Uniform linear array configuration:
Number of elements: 48
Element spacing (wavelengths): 0.25
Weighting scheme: binomial
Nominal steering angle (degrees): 30
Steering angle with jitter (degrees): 30.123
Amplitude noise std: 0.05
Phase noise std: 0.05

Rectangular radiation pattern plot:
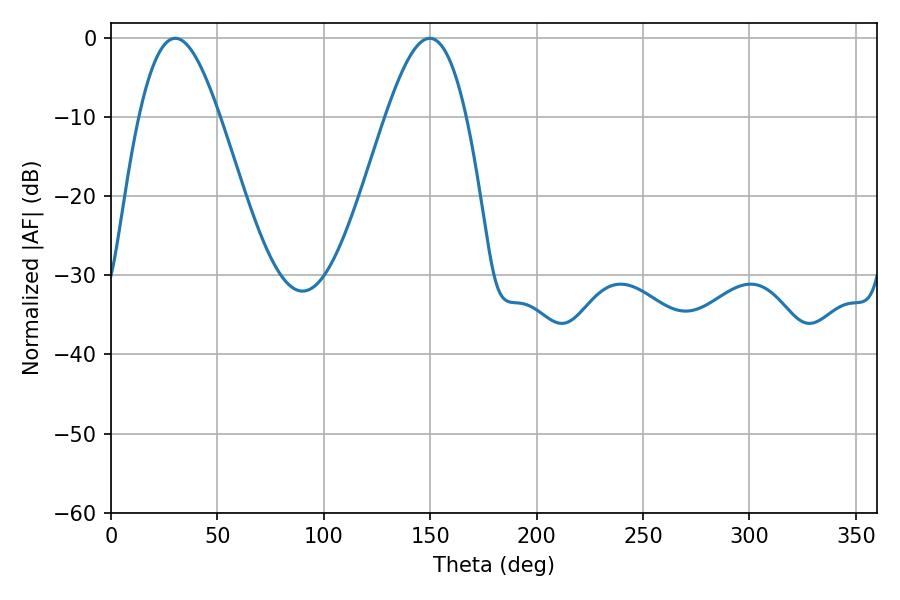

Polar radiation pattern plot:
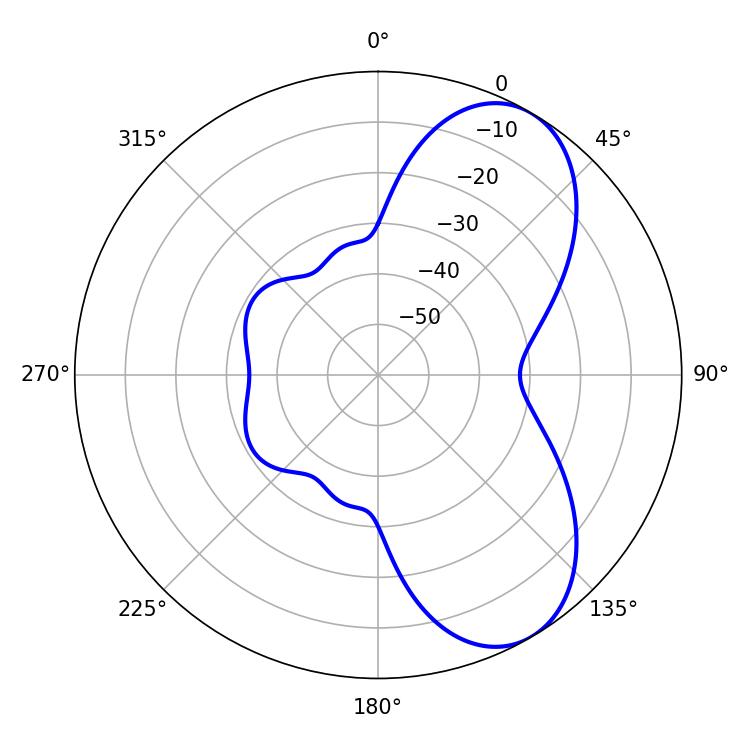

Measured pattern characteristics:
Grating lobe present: FALSE
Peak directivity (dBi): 6.982
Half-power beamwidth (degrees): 20.52
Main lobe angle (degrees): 30.24